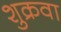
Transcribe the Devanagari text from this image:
शुक्रवा